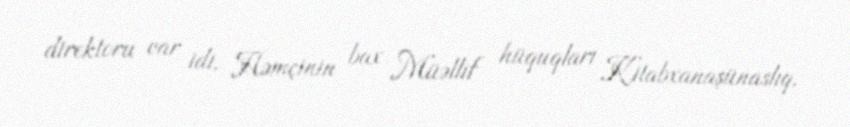
direktoru var idi. Həmçinin bax Müəllif hüquqları Kitabxanaşünaslıq.